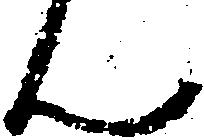
ん